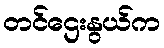
တင်ဌေးနွယ်က